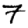
Digit: 7